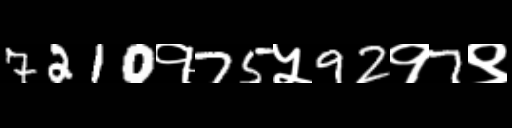
Text: 7210१75५92१7९